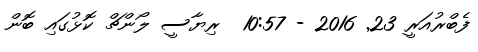
ފެބްރުއަރީ 23